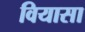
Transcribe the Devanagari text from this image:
वियासा